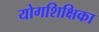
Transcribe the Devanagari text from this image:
योगशिक्षिका